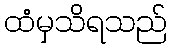
ထံမှသိရသည်